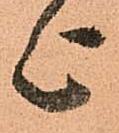
上